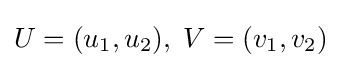
U=(u_{1},u_{2}),\;V=(v_{1},v_{2})